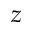
z